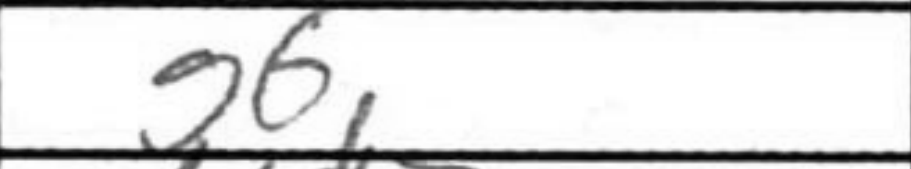
Transcription: g6